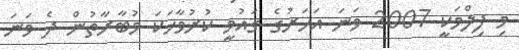
މި ފިލްމަކީ 2007 ވަނަ އަހަރުގެ ގައުމީ ކުރުވާހަކަ މުބާރާތުން ދެ ވަނަ